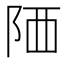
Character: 䧈